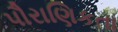
પૌરાણિકતા